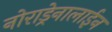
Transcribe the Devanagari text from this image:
नोराड्रेनालाईन